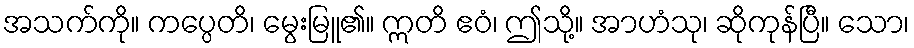
အသက်ကို။ ကပ္ပေတိ၊ မွေးမြူ၏။ ဣတိ ဧဝံ၊ ဤသို့။ အာဟံသု၊ ဆိုကုန်ပြီ။ သော၊